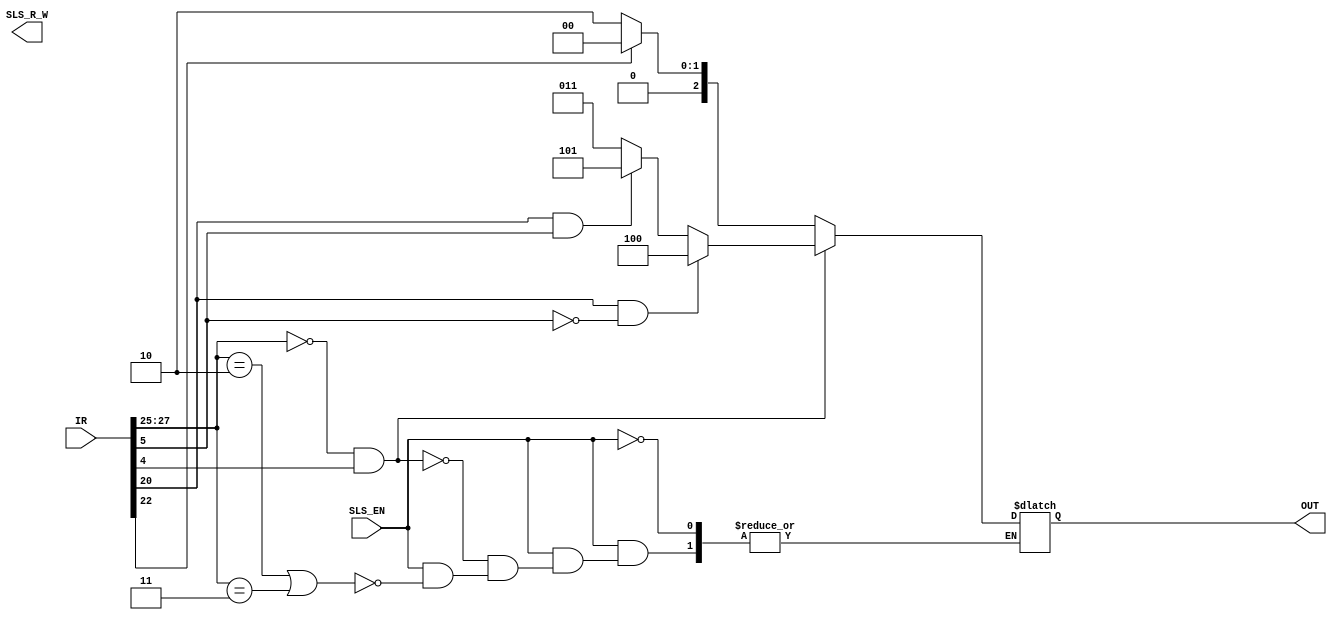
module SLSManager (SLS_EN, IR, OUT, SLS_R_W);

	//Inputs
	input wire SLS_EN;
	input wire [31:0] IR;

	//Outputs
	output reg [2:0] OUT;		//change me
	output reg SLS_R_W;


	always @ (IR, SLS_EN)

	if(SLS_EN)
	begin
	// Addresing Mode 2

		// Immediate & Register

		if(IR[27:25] == 3'b010 || IR[27:25] == 3'b011)
		begin					

			if(IR[22] == 1'b1)	//post-indexed
				OUT= 3'b000;					
			else 
				OUT = 3'b010;  //unsigned word  (I don't know if  signed or unsigned. It's not clear from the documentation)
			
			
		end	

	//Addressing mode 3 

		//Immediate & Register

		if(IR[27:25] == 3'b000 && IR[4]==1'b1)
		begin					

			if(IR[20]==1'b1 && IR[5]==1'b0)	//LDRSB - Load Signed Byte 
				OUT= 3'b100;					
			else if(IR[20]==1'b1 && IR[5]==1'b1)
				OUT = 3'b101;  //LDRSH - Load Signed Halfword 
			else
				OUT = 3'b011;  //LDRD - Load Doubleword (don't know if signed of unsigned)
				
				
			end	


		end
	/*else 
		OUT = 3'd0;*/

endmodule // Encoder END